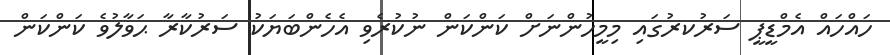
ހައްހައް އެމްޑީޕީ ސަރުކރުގައި މިމީހުންނަށް ކަންކަން ނުކުރެވި އެހެންބަޔަކު ސަރުކާރާ ޙަވާލުވެ ކަންކަން